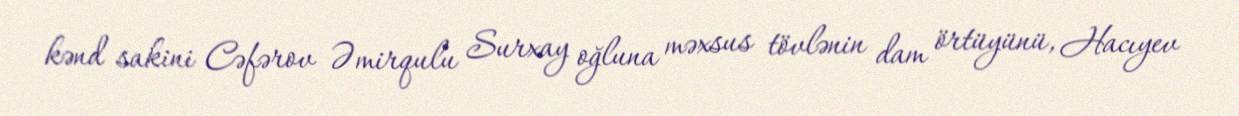
kənd sakini Cəfərov Əmirqulu Surxay oğluna məxsus tövlənin dam örtüyünü, Hacıyev